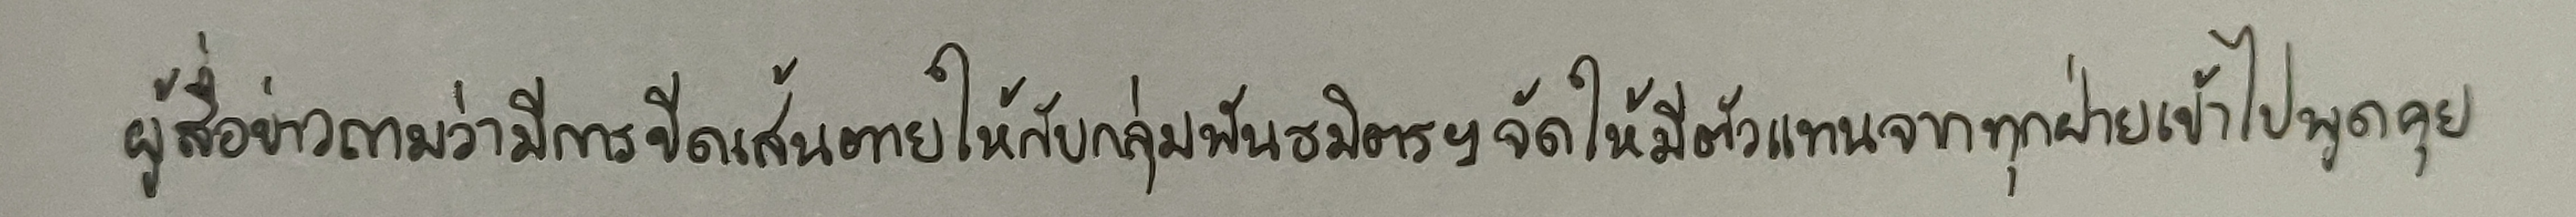
ผู้สื่อข่าวถามว่ามีการขีดเส้นตายให้กับกลุ่มพันธมิตรฯจัดให้มีตัวแทนจากทุกฝ่ายเข้าไปพูดคุย